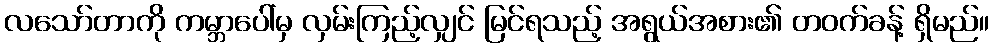
လသော်တာကို ကမ္ဘာပေါ်မှ လှမ်းကြည့်လျှင် မြင်ရသည့် အရွယ်အစား၏ တဝက်ခန့် ရှိမည်။